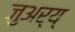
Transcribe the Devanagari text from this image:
जुअर्य्